Scottish Leaving Certificate Examination, 1954
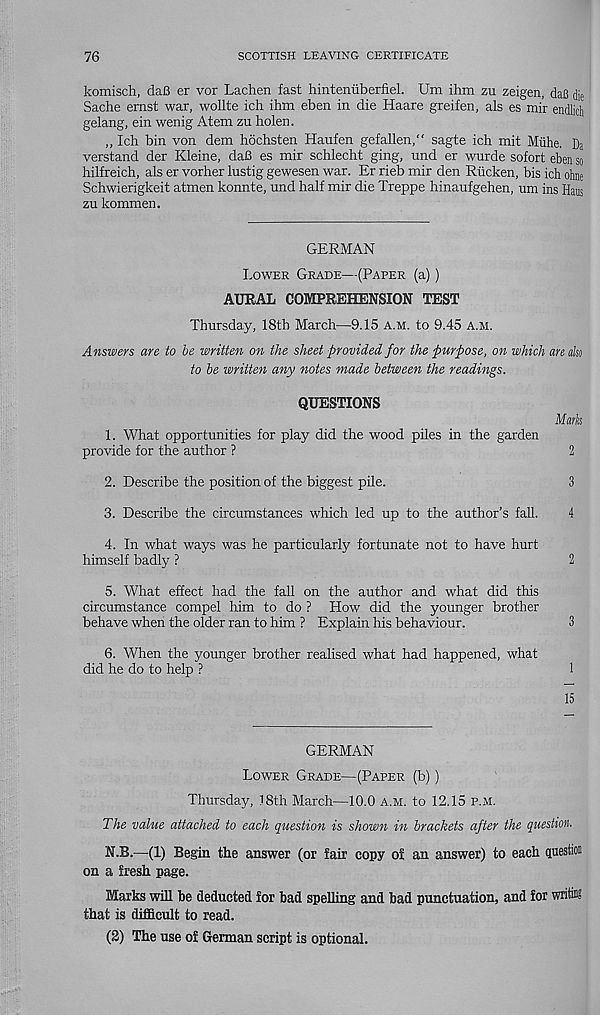
76
SCOTTISH LEAVING CERTIFICATE
komisch, dafi er vor Lachen fast hintenuberfiel. Um ihm zu zeigen, daB die
Sache ernst war, wollte ich Him eben in die Haare greifen, als es mir endlich
gelang, ein wenig Atem zu holen.
„ Ich bin von dem hochsten Haufen gefallen," sagte ich mit Miihe. Da
verstand der Kleine, dafi es mir schlecht ging, und er wurde sofort eben so
hilfreich, als er vorher lustig gewesen war. Er rieb mir den Riicken, bis ich ohne
Schwierigkeit atmen konnte, und half mir die Treppe hinaufgehen, um ins Hans
zu kommen.
GERMAN
Lower Grade—(Paper (a))
AURAL COMPREHENSION TEST
Thursday, 18th March—9.15 a.m. to 9.45 a.m.
Answers are to be written on the sheet provided for the purpose, on which an ah
to be written any notes made between the readings.
QUESTIONS
1. What opportunities for play did the wood piles in the garden
provide for the author ?
Mmh
2
2. Describe the position of the biggest pile.
3
3. Describe the circumstances which led up to the author’s fall.
4
4. In what ways was he particularly fortunate not to have hurt
himself badly ?
2
5. What effect had the fall on the author and what did this
circumstance compel him to do ? How did the younger brother
behave when the older ran to him ? Explain his behaviour.
3
6. When the younger brother realised what had happened, what
did he do to help ?
1
15
GERMAN
Lower Grade—(Paper (b))
Thursday, TSth March—10.0 a.m. to 12.15 p.m.
The value attached to each question is shown in brackets after the question.
N.B.—(1) Begin the answer (or fair copy of an answer) to each question
on a fresh page.
Marks will be deducted for bad spelling and bad punctuation, and for write
that is difficult to read.
(2) The use of German script is optional.